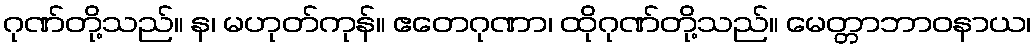
ဂုဏ်တို့သည်။ န၊ မဟုတ်ကုန်။ ဧတေဂုဏာ၊ ထိုဂုဏ်တို့သည်။ မေတ္တာဘာဝနာယ၊